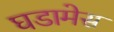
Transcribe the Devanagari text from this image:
घडामेस